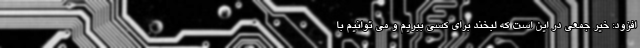
افزود: خیر جمعی در این است که لبخند برای کسی ببریم و می توانیم با